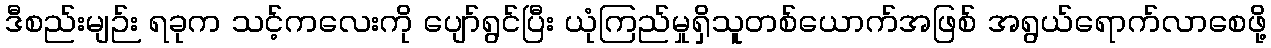
ဒီစည်းမျဉ်း ရခုက သင့်ကလေးကို ပျော်ရွင်ပြီး ယုံကြည်မှုရှိသူတစ်ယောက်အဖြစ် အရွယ်ရောက်လာစေဖို့